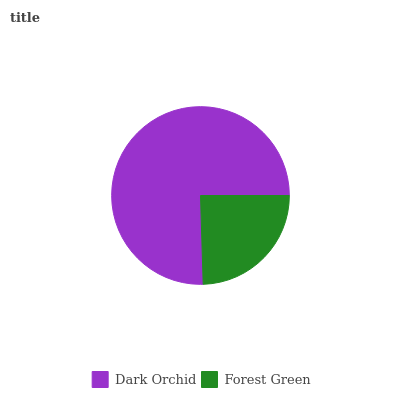
| Dark Orchid | Forest Green |
 | --- | --- |
 | 75.5% | 24.5% |